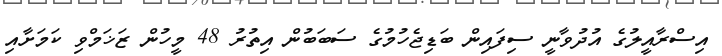
އިސްރާއީލުގެ އުދުވާނީ ސިފައިން ބަޑިޖެހުމުގެ ސަބަބުން އިތުރު 48 މީހުން ޒަޚަމްވި ކަމަށާއި